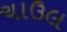
ચાઉલ